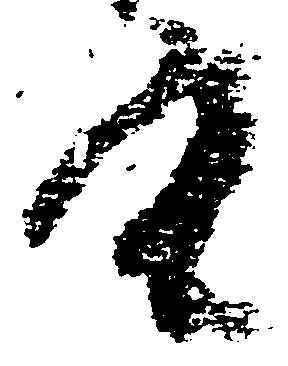
重